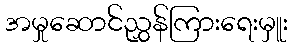
အမှုဆောင်ညွှန်ကြားရေးမှူး